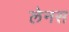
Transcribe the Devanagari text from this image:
लेनस